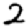
Digit: 2